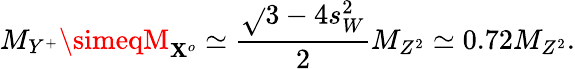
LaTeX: M_{Y^{+}}\simeqM_{\mathbf{X}^{o}}\simeq\frac{{\sqrt{}{{3-4s_{W}^{2}}}}}{{2}}M_{Z^{2}}\simeq0.72M_{Z^{2}}.